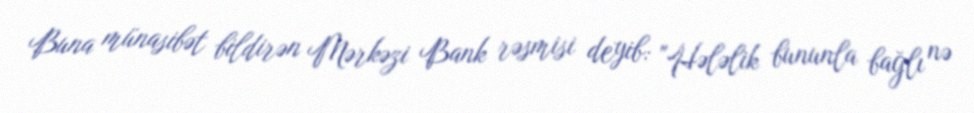
Buna münasibət bildirən Mərkəzi Bank rəsmisi deyib: "Hələlik bununla bağlı nə